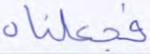
فجعلناه